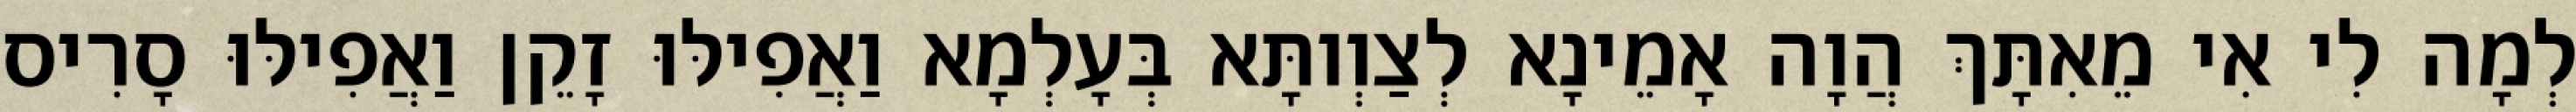
לְמָה לִי אִי מֵאִתָּךְ הֲוָה אָמֵינָא לְצַוְותָּא בְּעָלְמָא וַאֲפִילּוּ זָקֵן וַאֲפִילּוּ סָרִיס